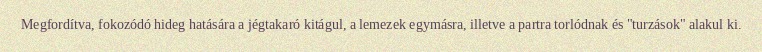
Megfordítva, fokozódó hideg hatására a jégtakaró kitágul, a lemezek egymásra, illetve a partra torlódnak és "turzások" alakul ki.